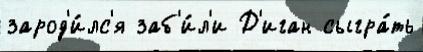
зарод'и́лс'я заб'и́л'и Д'иган сыгра́ть